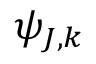
\psi _ { J , k }